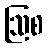
ဩစ